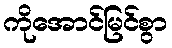
ကိုအောင်မြင်စွာ